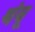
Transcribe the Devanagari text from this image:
थंबू